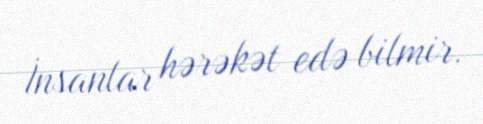
İnsanlar hərəkət edə bilmir.